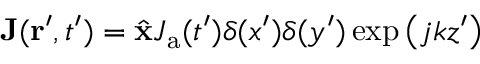
{ \bf J } ( { \bf r } ^ { \prime } , t ^ { \prime } ) = { \hat { \mathbf { x } } } J _ { \mathrm { a } } ( t ^ { \prime } ) \delta ( x ^ { \prime } ) \delta ( y ^ { \prime } ) \exp { \left( j k z ^ { \prime } \right) }